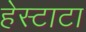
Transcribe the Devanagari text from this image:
हेस्टाटा